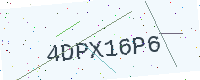
Text: 4DPX16P6